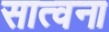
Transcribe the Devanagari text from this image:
सात्वना